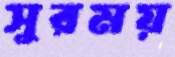
সুরময়